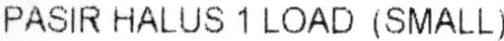
PASIR HALUS 1 LOAD (SMALL)